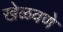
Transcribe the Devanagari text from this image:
खेळवणे